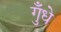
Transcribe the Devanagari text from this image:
गुँधे